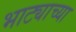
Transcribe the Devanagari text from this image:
भाट्याच्या